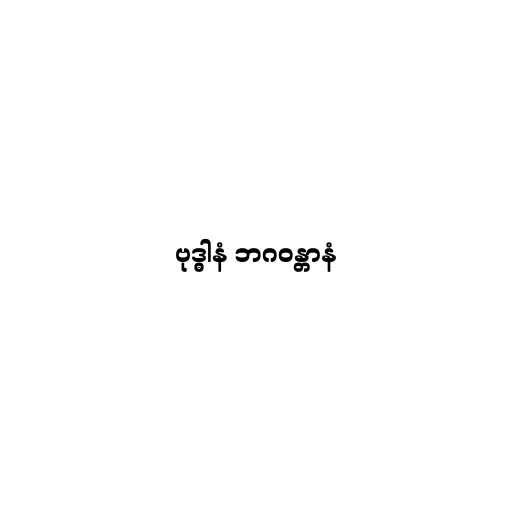
ဗုဒ္ဓါနံ ဘဂဝန္တာနံ